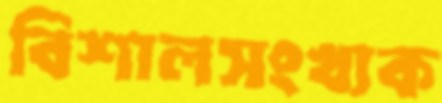
বিশালসংখ্যক